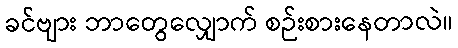
ခင်ဗျား ဘာတွေလျှောက် စဉ်းစားနေတာလဲ။